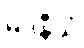
မဒနီယံ